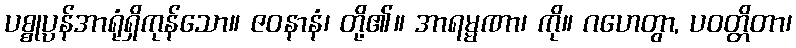
ပစ္စုပ္ပန်အာရုံရှိကုန်သော။ ဇဝနာနံ၊ တို့၏။ အာရမ္မဏာ၊ ကို။ ဂဟေတွာ, ပဝတ္တိတာ၊